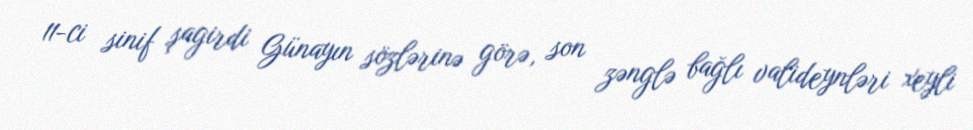
11-ci sinif şagirdi Günayın sözlərinə görə, son zənglə bağlı valideynləri xeyli